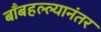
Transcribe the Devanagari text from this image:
बाँबहल्ल्यानंतर